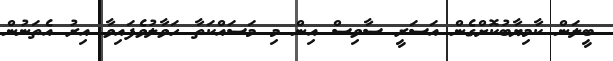
ބީލަން ކާމިޔާބުކޮށްގެން އަސަރީ ސާވިސް އިން މި މަސައްކަތާ ހަވާލުވެފައިވާ އިރު އެތަނުން